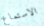
الاستماع